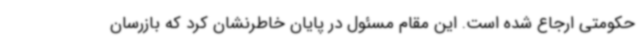
حکومتی ارجاع شده است. این مقام مسئول در پایان خاطرنشان کرد که بازرسان